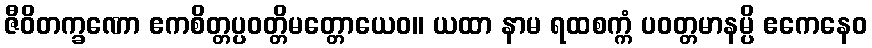
ဇီဝိတက္ခဏော ဧကစိတ္တပ္ပဝတ္တိမတ္တောယေဝ။ ယထာ နာမ ရထစက္ကံ ပဝတ္တမာနမ္ပိ ဧကေနေဝ